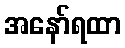
အနော်ရထာ